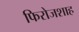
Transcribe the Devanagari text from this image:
फिरोजशाह